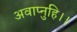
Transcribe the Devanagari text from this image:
अवाप्नुहि।।